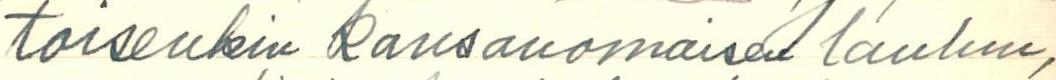
toisenkin kansanomaisen laulun,